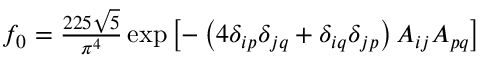
\begin{array} { r } { f _ { 0 } = \frac { 2 2 5 \sqrt { 5 } } { \pi ^ { 4 } } \exp \left[ - \left( 4 \delta _ { i p } \delta _ { j q } + \delta _ { i q } \delta _ { j p } \right) A _ { i j } A _ { p q } \right] } \end{array}